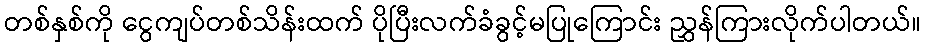
တစ်နှစ်ကို ငွေကျပ်တစ်သိန်းထက် ပိုပြီးလက်ခံခွင့်မပြုကြောင်း ညွှန်ကြားလိုက်ပါတယ်။